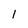
Character: l